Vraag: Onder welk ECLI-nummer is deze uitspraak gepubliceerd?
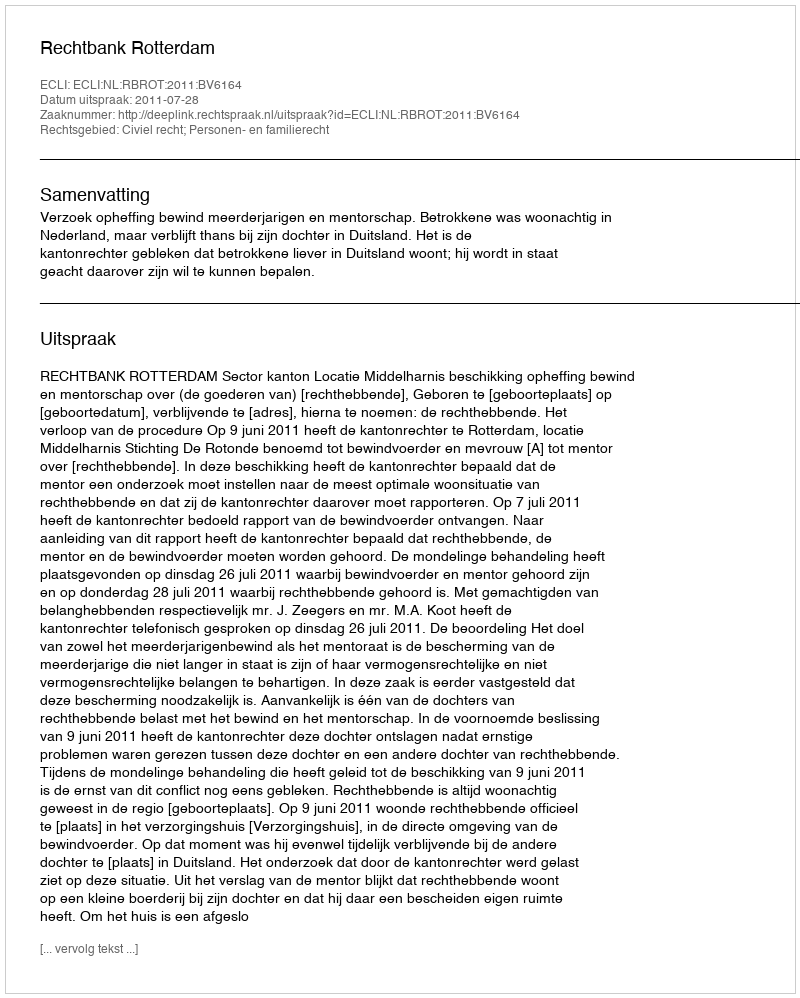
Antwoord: ECLI:NL:RBROT:2011:BV6164